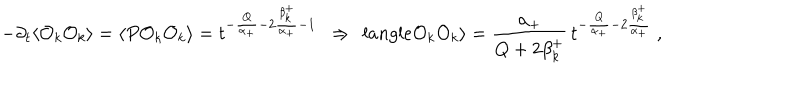
- \partial _ { t } \langle { \cal O } _ { k } { \cal O } _ { k } \rangle = \langle P { \cal O } _ { k } { \cal O } _ { k } \rangle = t ^ { - { \frac { Q } { \alpha _ { + } } } - 2 { \frac { \beta _ { k } ^ { + } } { \alpha _ { + } } } - 1 } \ \ \Rightarrow \ \, l a n g l e { \cal O } _ { k } { \cal O } _ { k } \rangle = { \frac { \alpha _ { + } } { Q + 2 \beta _ { k } ^ { + } } } \, t ^ { - { \frac { Q } { \alpha _ { + } } } - 2 { \frac { \beta _ { k } ^ { + } } { \alpha _ { + } } } } \ ,